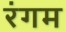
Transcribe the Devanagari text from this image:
रंगम